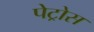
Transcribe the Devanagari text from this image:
पेट्रोस